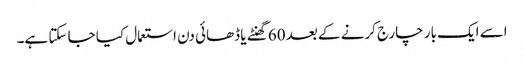
اسے ایک بار چارج کرنے کے بعد 60 گھنٹے یا ڈھائی دن استعمال کیا جا سکتا ہے۔